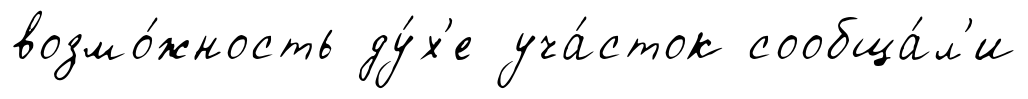
возмо́жность ду́х'е уча́сток сообща́л'и